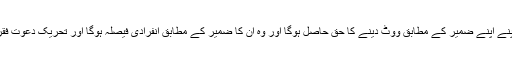
جماعت کے مخلصین کو اپنے اپنے ضمیر کے مطابق ووٹ دینے کا حق حاصل ہوگا اور وہ اُن کا ضمیر کے مطابق انفرادی فیصلہ ہوگا اور تحریک دعوتِ فقر اس کی ذمہ دار نہ ہوگی۔